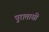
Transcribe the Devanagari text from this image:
पुरातासी